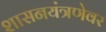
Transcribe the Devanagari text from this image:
शासनयंत्रणेवर